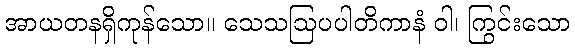
အာယတနရှိကုန်သော။ သေသဩပပါတိကာနံ ဝါ၊ ကြွင်းသော